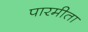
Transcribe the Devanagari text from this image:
पारमीता